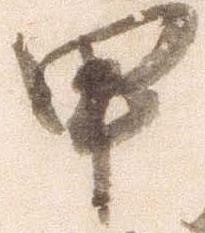
甲